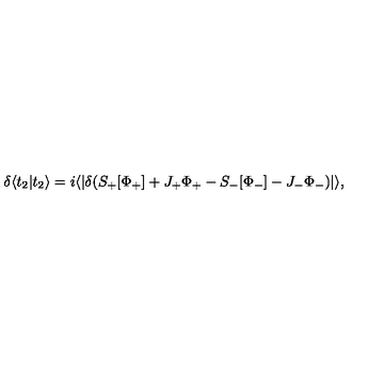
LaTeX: \delta \langle t _ { 2 } | t _ { 2 } \rangle = i \langle | \delta ( S _ { + } [ \Phi _ { + } ] + J _ { + } \Phi _ { + } - S _ { - } [ \Phi _ { - } ] - J _ { - } \Phi _ { - } ) | \rangle ,